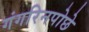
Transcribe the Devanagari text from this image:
गंगरिनपोछे